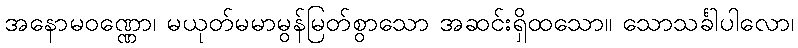
အနောမဝဏ္ဏော၊ မယုတ်မမာမွန်မြတ်စွာသော အဆင်းရှိထသော။ သောသင်္ခါပါလော၊